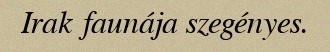
Irak faunája szegényes.